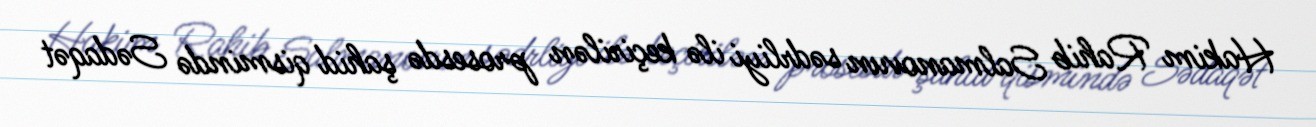
Hakim Rahib Salmanovun sədrliyi ilə keçirilən prosesdə şahid qismində Sədaqət